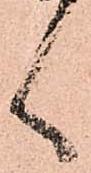
く